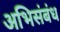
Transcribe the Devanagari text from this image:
अभिसंबंध